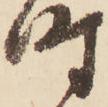
時